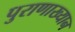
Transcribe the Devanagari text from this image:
पुराणाख्यान